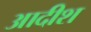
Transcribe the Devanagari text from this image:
आदीश